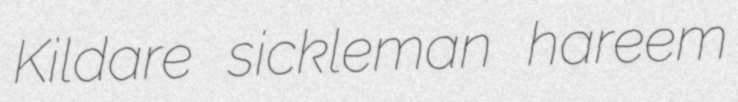
Kildare sickleman hareem